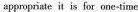
appopriate it is for one-time